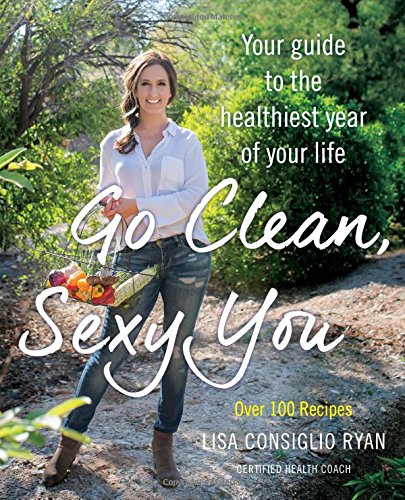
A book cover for Go Clean, Sexy You: A Seasonal Guide to Detoxing and Staying Healthy; Lisa Consiglio Ryan; Cookbooks, Food & Wine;